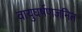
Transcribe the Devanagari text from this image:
वायुघर्षणजनित